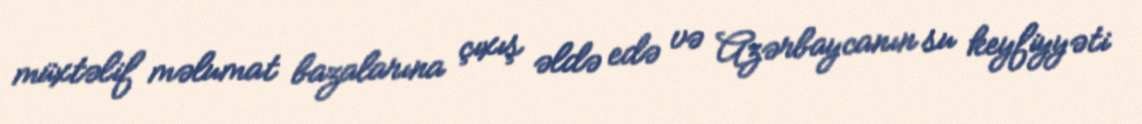
müxtəlif məlumat bazalarına çıxış əldə edə və Azərbaycanın su keyfiyyəti